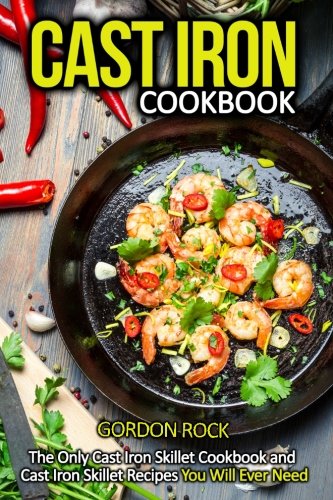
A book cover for Cast Iron Cookbook: The Only Cast Iron Skillet Cookbook and Cast Iron Skillet Recipes You Will Ever Need; Gordon Rock; Cookbooks, Food & Wine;